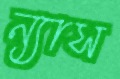
ন্যাস